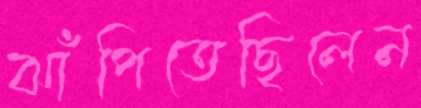
ঝাঁপিতেছিলেন